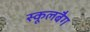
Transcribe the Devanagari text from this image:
स्कूलबैग